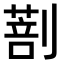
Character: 𠟌